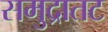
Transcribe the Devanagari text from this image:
समुद्रातट